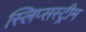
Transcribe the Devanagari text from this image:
स्लिप्सस्ट्रीम